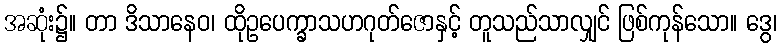
အဆုံး၌။ တာ ဒိသာနေဝ၊ ထိုဥပေက္ခာသဟဂုတ်ဇောနှင့် တူသည်သာလျှင် ဖြစ်ကုန်သော။ ဒွေ၊